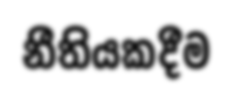
නීතියකදීම